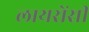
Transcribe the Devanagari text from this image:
लायसेंसी